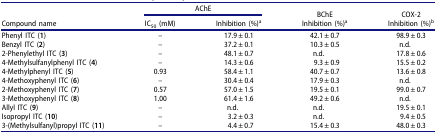
| <ROWSPAN=2> Compound name | <COLSPAN=2> AChE | BChE | COX-2 |
 | IC50 (mM) | Inhibition (%)a | Inhibition (%)a | Inhibition (%)b |
 | --- | --- | --- | --- | --- |
 | Phenyl ITC (1) | – | 17.9 ± 0.1 | 42.1 ± 0.7 | 98.9 ± 0.3 |
 | Benzyl ITC (2) | – | 37.2 ± 0.1 | 10.3 ± 0.5 | n.d. |
 | 2-Phenylethyl ITC (3) | – | 48.1 ± 0.7 | n.d. | 17.8 ± 0.6 |
 | 4-Methylsulfanylphenyl ITC (4) | – | 14.3 ± 0.6 | 9.3 ± 0.9 | 15.5 ± 0.2 |
 | 4-Methylphenyl ITC (5) | 0.93 | 58.4 ± 1.1 | 40.7 ± 0.7 | 13.6 ± 0.8 |
 | 4-Methoxyphenyl ITC (6) | – | 30.4 ± 0.4 | 17.9 ± 0.3 | n.d. |
 | 2-Methoxyphenyl ITC (7) | 0.57 | 57.0 ± 1.5 | 19.5 ± 0.1 | 99.0 ± 0.7 |
 | 3-Methoxyphenyl ITC (8) | 1.00 | 61.4 ± 1.6 | 49.2 ± 0.6 | n.d. |
 | Allyl ITC (9) | – | n.d. | n.d. | 19.5 ± 0.1 |
 | Isopropyl ITC (10) | – | 3.2 ± 0.3 | n.d. | 9.4 ± 0.5 |
 | 3-(Methylsulfanyl)propyl ITC (11) | – | 4.4 ± 0.7 | 15.4 ± 0.3 | 48.0 ± 0.3 |